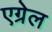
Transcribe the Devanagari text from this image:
एग्रेल